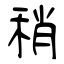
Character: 稍